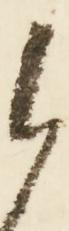
御